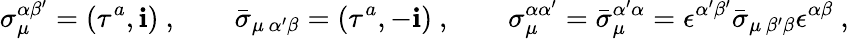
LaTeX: \sigma_{\mu}^{\alpha\beta^{\prime}}=(\tau^{a},\mathbf{i})\ ,\qquad\bar{{\sigma}}_{\mu\, \alpha^{\prime}\beta}=(\tau^{a},-\mathbf{i})\ ,\qquad\sigma_{\mu}^{\alpha\alpha^{\prime}}=\bar{{\sigma}}_{\mu}^{\alpha^{\prime}\alpha}=\epsilon^{\alpha^{\prime}\beta^{\prime}}\bar{{\sigma}}_{\mu\, \beta^{\prime}\beta}\epsilon^{\alpha\beta}\ ,